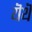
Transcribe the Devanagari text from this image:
यॆथॆ